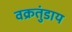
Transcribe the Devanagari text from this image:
वक्रतुंडाय